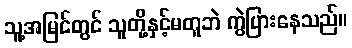
သူ့အမြင်တွင် သူတို့နှင့်မတူဘဲ ကွဲပြားနေသည်။